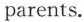
parents.